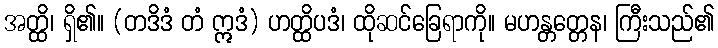
အတ္ထိ၊ ရှိ၏။ (တဒိဒံ တံ ဣဒံ) ဟတ္ထိပဒံ၊ ထိုဆင်ခြေရာကို။ မဟန္တတ္တေန၊ ကြီးသည်၏